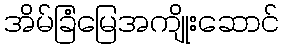
အိမ်ခြံမြေအကျိုးဆောင်